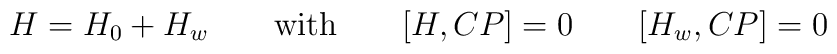
H=H_0+H_w\qquad{\rm with}\qquad[H,CP]=0\qquad[H_w,CP]=0